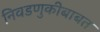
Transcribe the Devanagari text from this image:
निवडणुकीबाबत